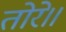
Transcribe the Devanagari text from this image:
तोरे॥